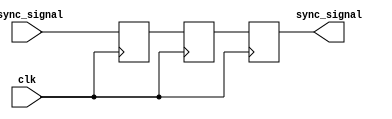
module dual_ff_synchronizer (
    input  wire        async_signal,  // Asynchronous signal to be synchronized
    input  wire        clk,           // Clock for the destination clock domain
    output reg         sync_signal    // Synchronized signal output
);
    // Internal registers for the two flip-flops
    reg ff1, ff2;

    // First flip-flop: samples the asynchronous signal
    always @(posedge clk) begin
        ff1 <= async_signal; // Sample the async signal on the rising edge of clk
    end

    // Second flip-flop: samples the output of the first flip-flop
    always @(posedge clk) begin
        ff2 <= ff1; // Sample the output of the first flip-flop
    end

    // Output the synchronized signal
    always @(posedge clk) begin
        sync_signal <= ff2; // The final synchronized output
    end

endmodule